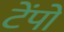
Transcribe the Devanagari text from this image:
टेंपों